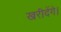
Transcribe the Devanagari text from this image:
खरीदेंगे।